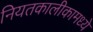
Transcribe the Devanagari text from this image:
नियतकालीकामध्ये